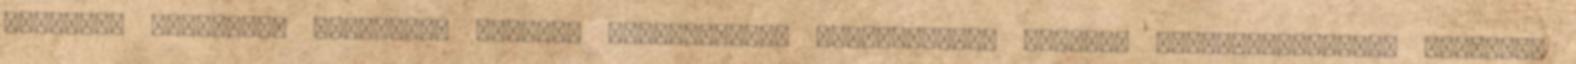
fiatalok elmennek. Határokon átnyúló fejlesztések segíthetnek. Komplex vidékfejlesztési politika